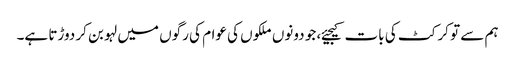
ہم سے تو کرکٹ کی بات کیجیئے، جو دونوں ملکوں کی عوام کی رگوں میں لہو بن کر دوڑتا ہے۔